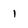
Character: 1